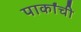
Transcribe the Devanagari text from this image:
पार्कांची